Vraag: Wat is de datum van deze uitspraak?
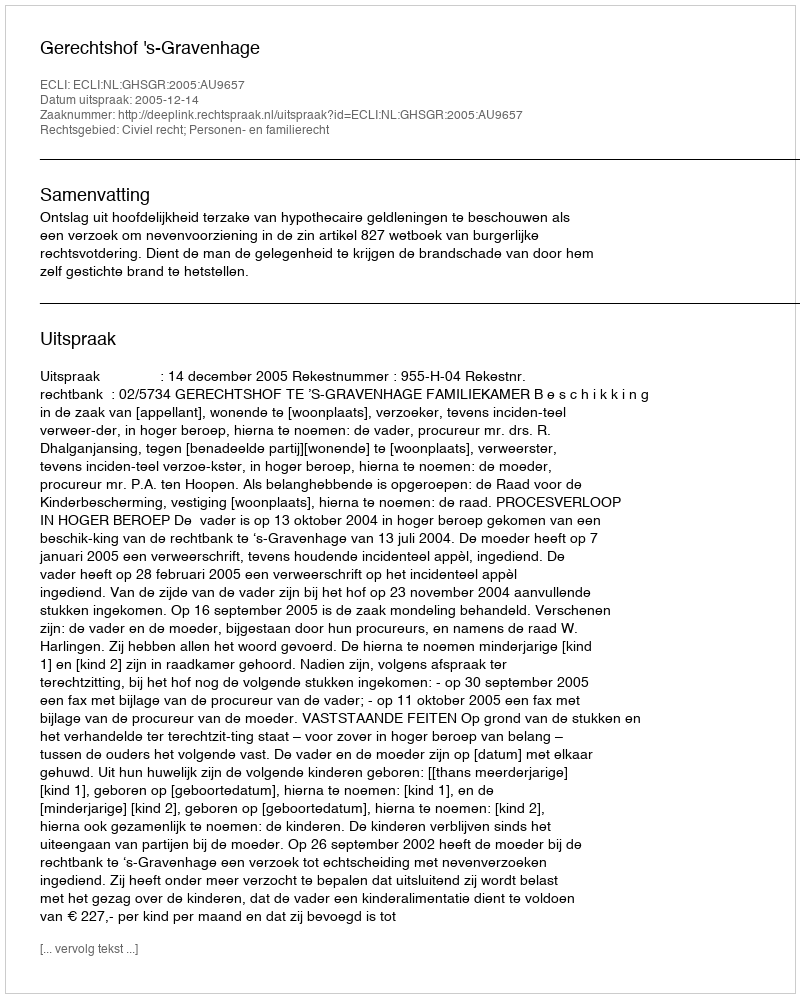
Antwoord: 2005-12-14